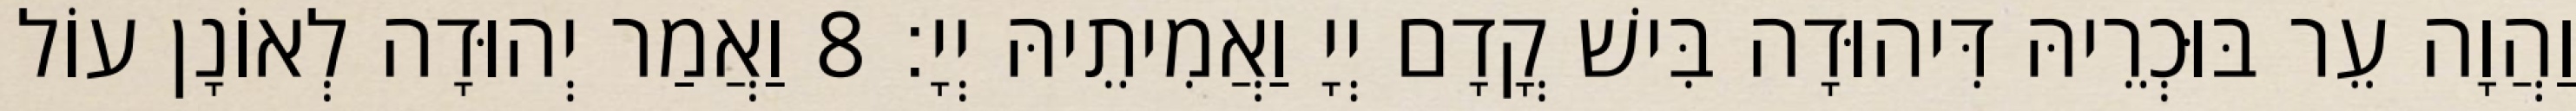
וַהֲוָה עֵר בּוּכְרֵיהּ דִּיהוּדָה בִּישׁ קֳדָם יְיָ וַאֲמִיתֵיהּ יְיָ׃ 8 וַאֲמַר יְהוּדָה לְאוֹנָן עוֹל